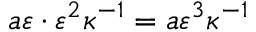
a \varepsilon \cdot \varepsilon ^ { 2 } \kappa ^ { - 1 } = a \varepsilon ^ { 3 } \kappa ^ { - 1 }